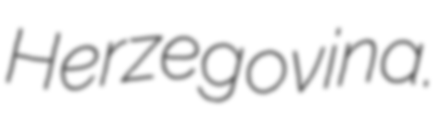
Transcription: Herzegovina.